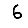
Digit: 6